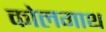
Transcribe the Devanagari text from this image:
कोलगाथ